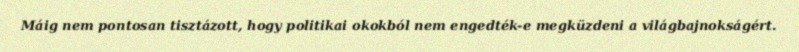
Máig nem pontosan tisztázott, hogy politikai okokból nem engedték-e megküzdeni a világbajnokságért.